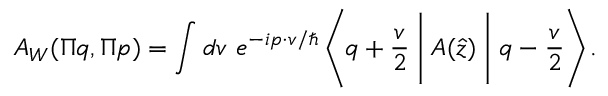
A _ { W } ( \Pi q , \Pi p ) = \int d v ~ e ^ { - i p \cdot v / \hbar } \left\langle q + \frac { v } { 2 } \Biggm | A ( \hat { z } ) \Biggm | q - \frac { v } { 2 } \right\rangle .